Report of the Municipal Commissioner on the plague in Bombay for the year ending 31st May... - Volume 2
Disease focus: Plague
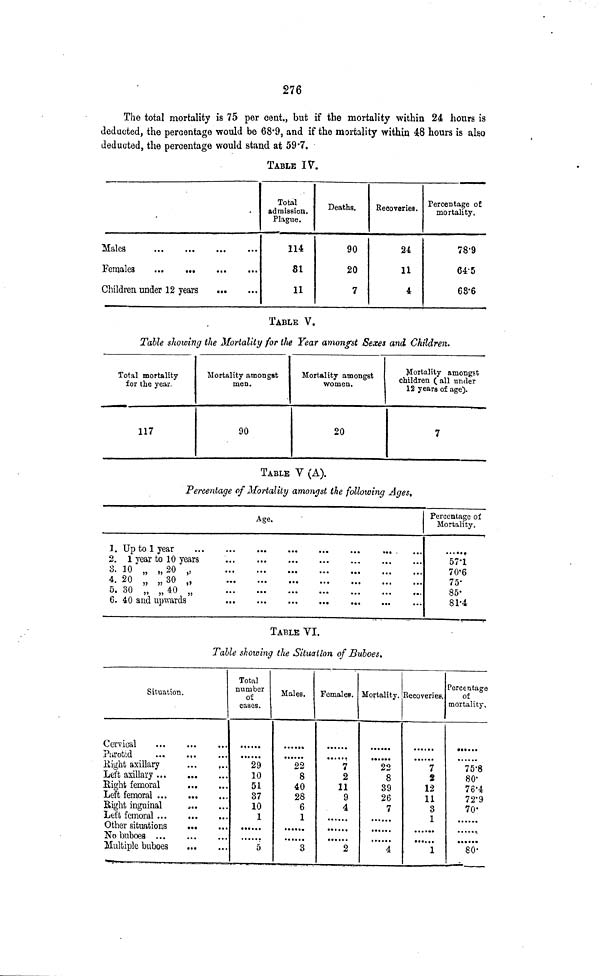
276
The total mortality is 75 per cent,, but if the mortality within 24 hours is
deducted, the percentage -would be 68*9, and if the mortality within 48 hours is also
deducted, the percentage would stand at 59*7.
TABLE IV.
Males
Children under 12 years
Total
admission.
Plague.
114
81
11
Deaths.
90
20
7
Recoveries.
24
11
4
Percentage o£
mortality,
78'9
64-5
68-6
TABLE V.
Table showing the Mortality for the Year amongst Sexes and Children.
Total mortality
for the year.
117
Mortality amongst
men.
90
Mortality amongst
women.
20
Mortality amongst
children ( all under
12 years of age).
7
TABLE V (A).
Percentage of Mortality amongst the following Ages,
Age.
1.
f>
*j *
3.
4.
5.
6.
Up to 1 year
....
1 year to 10 years
10 „ ,,20 „
20 „ ,,30 „
30 „ ,,40 „
40 and upwards
Percentage of
Mortality.
57-1
70'6
75-
85'
81-4
TABLE VI.
Table showing the Situation of Buboes*
Situation.
Parotid
Right axillary
...
f ..
Left axillary ...
...
Right femoral
Left femoral
Eight inguinal
Left femoral
Other situations
Multiple buboes
Total
number
of
cases.
29
10
51
37
10
1
5
Males.
22
8
40
28
6
1
3
Females.
7
2
11
9
4
2
Mortality.
22
8
39
26
7
4
Recoveries.
7
2
12
11
3
1
1
Percentage
of
mortality,
75-8
80'
76'4
72'9
70*
80-